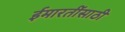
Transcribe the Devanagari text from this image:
ईमारतींसाठी